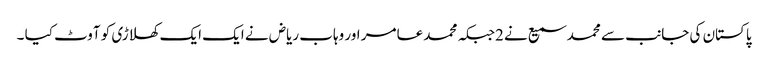
پاکستان کی جانب سے محمد سمیع نے 2جبکہ محمد عامر اور وہاب ریاض نے ایک ایک کھلاڑی کو آوٹ کیا ۔